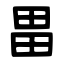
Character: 畕